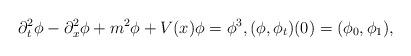
LaTeX: \begin{align*}\partial_t^2 \phi - \partial_x^2\phi + m^2 \phi + V(x)\phi = \phi^3, (\phi,\phi_t)(0)=(\phi_0,\phi_1),\end{align*}